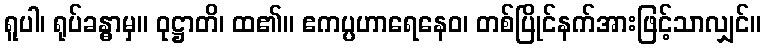
ရူပါ၊ ရုပ်ခန္ဓာမှ။ ဝုဋ္ဌာတိ၊ ထ၏။ ဧကပ္ပဟာရေနေဝ၊ တစ်ပြိုင်နက်အားဖြင့်သာလျှင်။